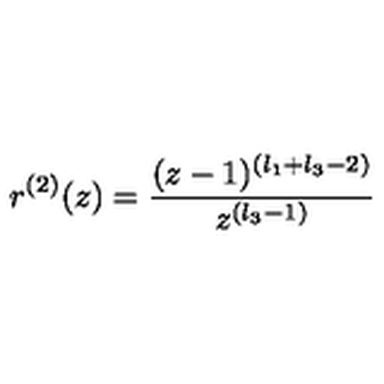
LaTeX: r ^ { ( 2 ) } ( z ) = \frac { ( z - 1 ) ^ { ( l _ { 1 } + l _ { 3 } - 2 ) } } { z ^ { ( l _ { 3 } - 1 ) } }